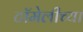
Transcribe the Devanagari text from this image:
टॉमेलीच्या